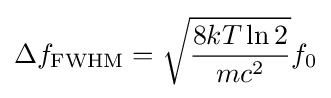
\Delta f_{\text{FWHM}}={\sqrt {\frac {8kT\ln 2}{mc^{2}}}}f_{0}